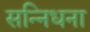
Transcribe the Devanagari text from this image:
सन्निधना